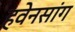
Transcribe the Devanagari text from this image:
हवेनसांग